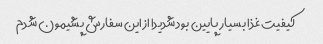
کیفیت غذا بسیار پایین بود شدیدا از این سفارش پشیمون شدم